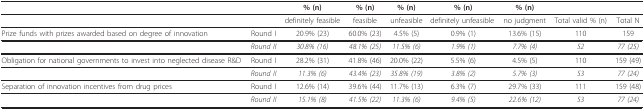
<table><thead><tr><td></td><td></td><td><b>% (n)</b></td><td><b>% (n)</b></td><td><b>% (n)</b></td><td><b>% (n)</b></td><td><b>% (n)</b></td><td></td><td></td></tr></thead><tbody><tr><td></td><td></td><td>definitely feasible</td><td>feasible</td><td>unfeasible</td><td>definitely unfeasible</td><td>no judgment</td><td>Total valid % (n)</td><td>Total N</td></tr><tr><td>Prize funds with prizes awarded based on degree of innovation</td><td>Round I</td><td>20.9% (23)</td><td>60.0% (23)</td><td>4.5% (5)</td><td>0.9% (1)</td><td>13.6% (15)</td><td>110</td><td>159</td></tr><tr><td></td><td><i>Round II</i></td><td><i>30.8% (16)</i></td><td><i>48.1% (25)</i></td><td><i>11.5% (6)</i></td><td><i>1.9% (1)</i></td><td><i>7.7% (4)</i></td><td><i>52</i></td><td><i>77 (25)</i></td></tr><tr><td>Obligation for national governments to invest into neglected disease R&amp;D</td><td>Round I</td><td>28.2% (31)</td><td>41.8% (46)</td><td>20.0% (22)</td><td>5.5% (6)</td><td>4.5% (5)</td><td>110</td><td>159 (49)</td></tr><tr><td></td><td><i>Round II</i></td><td><i>11.3% (6)</i></td><td><i>43.4% (23)</i></td><td><i>35.8% (19)</i></td><td><i>3.8% (2)</i></td><td><i>5.7% (3)</i></td><td><i>53</i></td><td><i>77 (24)</i></td></tr><tr><td>Separation of innovation incentives from drug prices</td><td>Round I</td><td>12.6% (14)</td><td>39.6% (44)</td><td>11.7% (13)</td><td>6.3% (7)</td><td>29.7% (33)</td><td>111</td><td>159 (48)</td></tr><tr><td></td><td><i>Round II</i></td><td><i>15.1% (8)</i></td><td><i>41.5% (22)</i></td><td><i>11.3% (6)</i></td><td><i>9.4% (5)</i></td><td><i>22.6% (12)</i></td><td><i>53</i></td><td><i>77 (24)</i></td></tr></tbody></table>